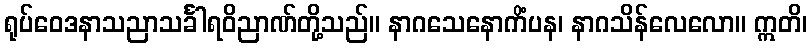
ရုပ်ဝေဒနာသညာသင်္ခါရဝိညာဏ်တို့သည်။ နာဂသေနောကိံပန၊ နာဂသိန်လေလော။ ဣတိ၊